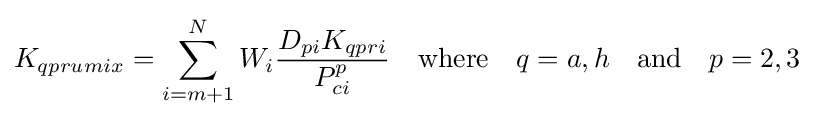
K_{qprumix}=\sum _{i=m+1}^{N}W_{i}{\frac {D_{pi}K_{qpri}}{P_{ci}^{p}}}\quad {\text{where}}\quad q=a,h\quad {\text{and}}\quad p=2,3